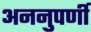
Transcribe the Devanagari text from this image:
अननुपर्णी